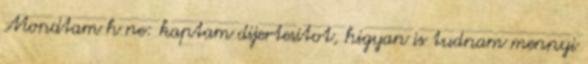
Mondtam h ne: kaptam dijertesitot, higyan is tudnam mennyi